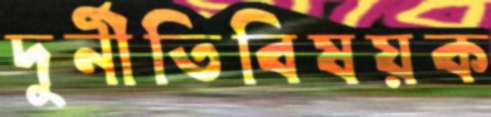
দুর্নীতিবিষয়ক